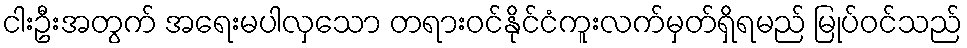
ငါးဦးအတွက် အရေးမပါလှသော တရားဝင်နိုင်ငံကူးလက်မှတ်ရှိရမည် မြုပ်ဝင်သည်